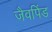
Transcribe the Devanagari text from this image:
जैवपिंड